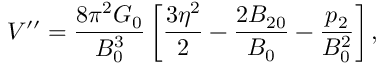
V ^ { \prime \prime } = \frac { 8 \pi ^ { 2 } G _ { 0 } } { B _ { 0 } ^ { 3 } } \left[ \frac { 3 \eta ^ { 2 } } { 2 } - \frac { 2 B _ { 2 0 } } { B _ { 0 } } - \frac { p _ { 2 } } { B _ { 0 } ^ { 2 } } \right] ,